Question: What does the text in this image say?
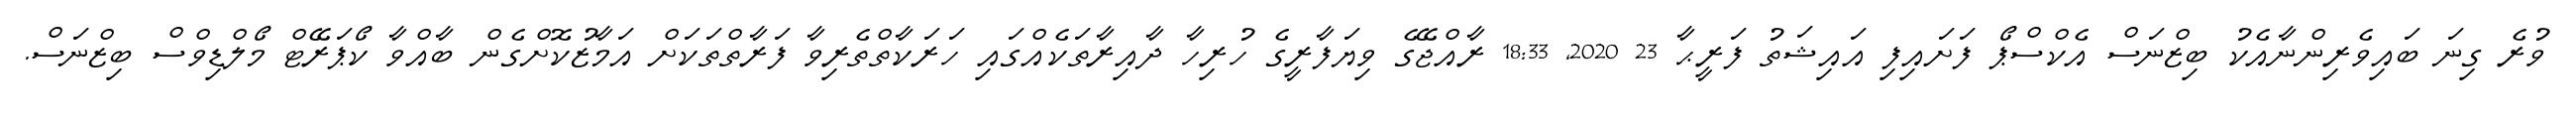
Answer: ވުރެ ގިނަ ބައިވެރިންނާއެކު ބިޒްނަސް އެކްސްޕޯ ފަށައިފި އައިޝަތު ފަރީޙާ 23 2020, 18:33 ރާއްޖޭގެ ވިޔަފާރީގެ ހުރިހާ ދާއިރާތަކެއްގައި ހަރަކާތްތެރިވާ ފަރާތްތަކަށް އަމާޒުކޮށްގެން ބާއްވާ ކޯޕަރޭޓް މޯލްޑިވްސް ބިޒްނަސް.